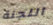
اللجنة